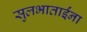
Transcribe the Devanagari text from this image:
सुलभाताईंना